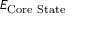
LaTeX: E _ { \mathrm { C o r e ~ S t a t e } }